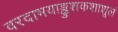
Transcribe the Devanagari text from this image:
वरदाभयाङ्कुशकशाशूलं